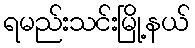
ရမည်းသင်းမြို့နယ်